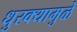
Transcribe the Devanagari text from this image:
धुरक्यामुळे